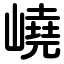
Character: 嶢